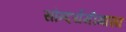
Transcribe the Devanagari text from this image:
सौन्दर्यमीमांसा